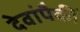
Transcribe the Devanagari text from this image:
देवांपैकीं